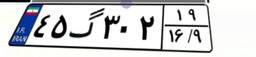
۳۳گ۱۱۴۷۹